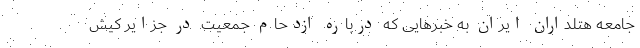
جامعه هتلداران ایران به خبرهایی که درباره ازدحام جمعیت در جزایر کیش